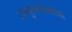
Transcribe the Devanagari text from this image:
शाळापुस्तकमंडळीच्या